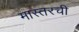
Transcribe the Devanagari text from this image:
मास्तरची